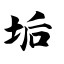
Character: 垢